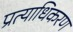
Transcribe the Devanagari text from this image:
प्रत्याधिकरण